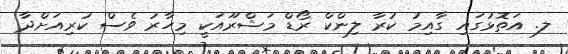
ލ. އަތޮޅުގައި ގާއިމު ކުރާ ލިންކް ރޯޑް މަޝްރޫއަކީ މިހާރު ވެސް ކުރިއަށްދާ